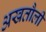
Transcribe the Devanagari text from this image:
अखतौली